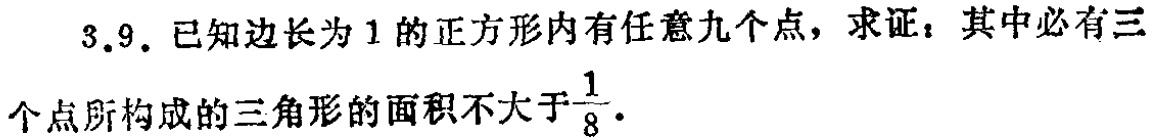
3.9. 已知边长为1的正方形内有任意九个点，求证：其中必有三个点所构成的三角形的面积不大于$\frac{1}{8}$。